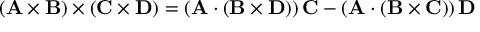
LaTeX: \! ( \mathbf { A } \times \mathbf { B } ) \times ( \mathbf { C } \times \mathbf { D } ) = \left( \mathbf { A } \cdot ( \mathbf { B } \times \mathbf { D } ) \right) \mathbf { C } - \left( \mathbf { A } \cdot \left( \mathbf { B } \times \mathbf { C } \right) \right) \mathbf { D }